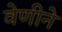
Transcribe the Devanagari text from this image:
वेणीने